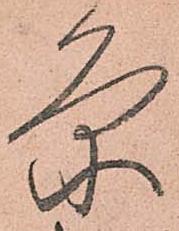
条